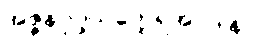
အဇ္ဇနပုပ္ဖိယတ္ထေရအပဒါန။